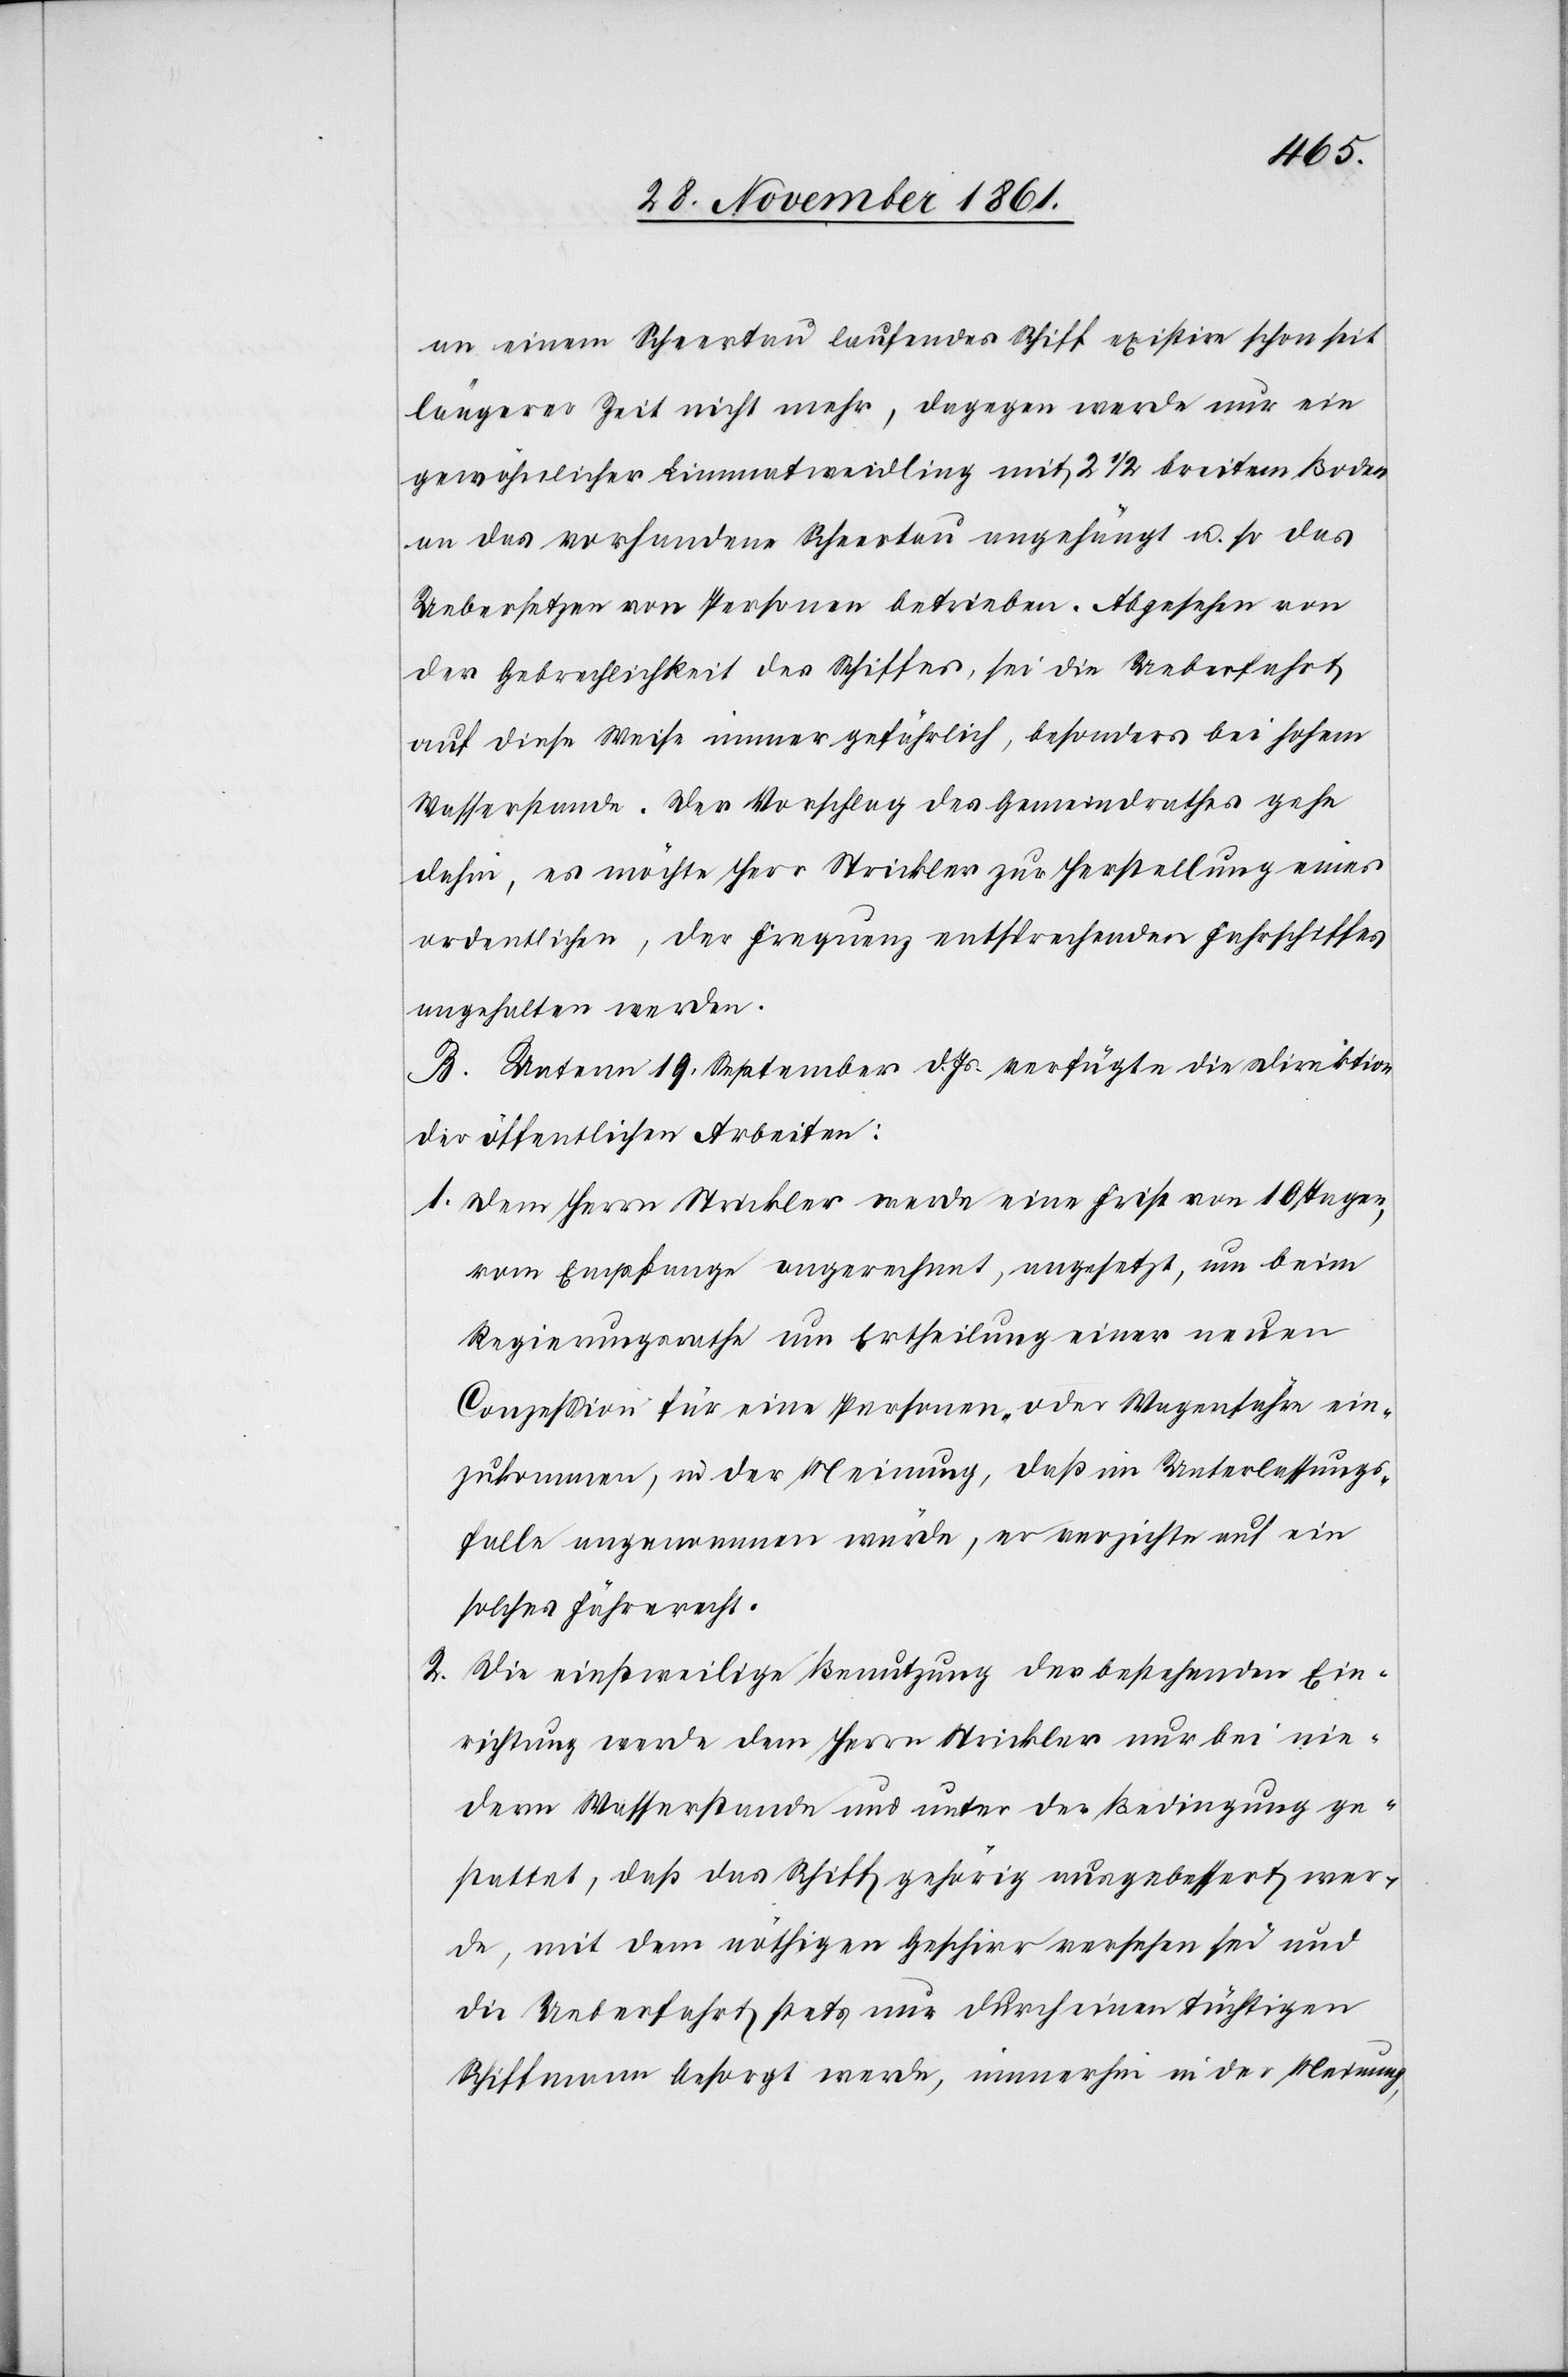
2.

an einem Scheertau laufendes Schiff existire schon seit
längerer Zeit nicht mehr, dagegen werde nur ein
gewöhnlicher Limmatweidling mit 2 1/2 [?] breitem Boden
an das vorhandene Scheertau angehängt u. so das
Uebersetzen von Personen betrieben. Abgesehen von
der Gebrechlichkeit des Schiffes, sei die Ueberfahrt
auf diese Weise immer gefährlich, besonders bei hohem
Wasserstande. Der Vorschlag des Gemeindrathes gehe
dahin, es möchte Herr Strickler zur Herstellung eines
ordentlichen, der Frequenz entsprechenden Fahrschiffes
angehalten werden.
B. Unterm 19 September d. Js. verfügte die Direktion
der öffentlichen Arbeiten:
1. Dem Herrn Strickler werde eine Frist von 10 Tagen,
vom Empfange angerechnet, angesetzt, um beim
Regierungsrathe um Ertheilung einer neuen
Conzession für eine Personen- oder Wagenfähre ein¬
zukommen, in der Meinung, daß im Unterlassungs¬
falle angenommen würde, er verzichte auf ein
solches Fährerecht.
Die einstweilige Benutzung der bestehenden Ein¬
richtung werde dem Herrn Strickler nur bei nie¬
derm Wasserstande und unter der Bedingung ge¬
stattet, daß das Schiff gehörig ausgebessert wer¬
de, mit dem nöthigen Geschirr versehen sei und
die Ueberfahrt stets nur durch einen tüchtigen
Schiffmann besorgt werde, immerhin in der Meinung,